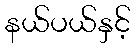
နယ်ပယ်နှင့်